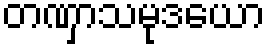
တဏှာသမုဒယော